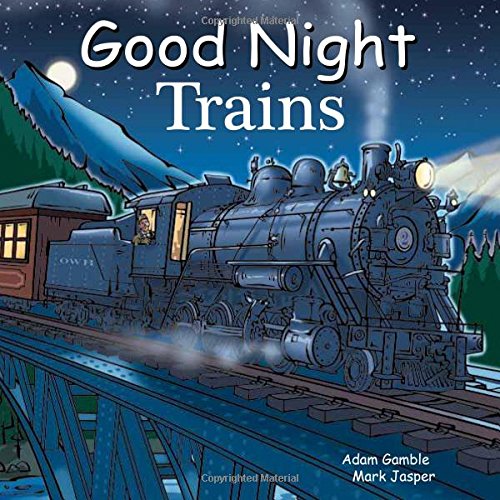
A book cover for Good Night Trains (Good Night Our World); Adam Gamble; Children's Books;